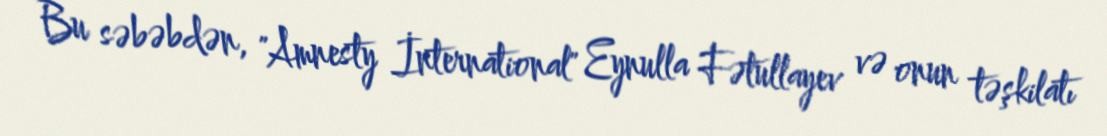
Bu səbəbdən, "Amnesty İnternational" Eynulla Fətullayev və onun təşkilatı